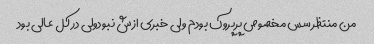
من منتظر سس مخصوص پرپروک بودم ولی خبری ازش نبودولی در کل عالی بود